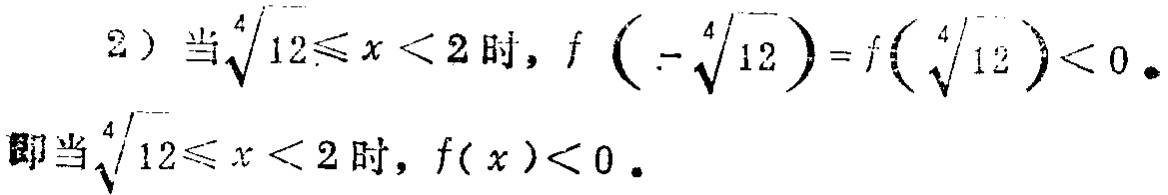
2) 当$\sqrt[4]{12}\leqslant x < 2$时, $f\left(-\sqrt[4]{12}\right)=f\left(\sqrt[4]{12}\right)<0$.

即当$\sqrt[4]{12}\leqslant x < 2$时, $f(x)<0$.